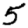
Digit: 5